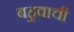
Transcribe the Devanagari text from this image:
बहुवाची